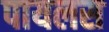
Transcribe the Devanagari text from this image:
पायलस